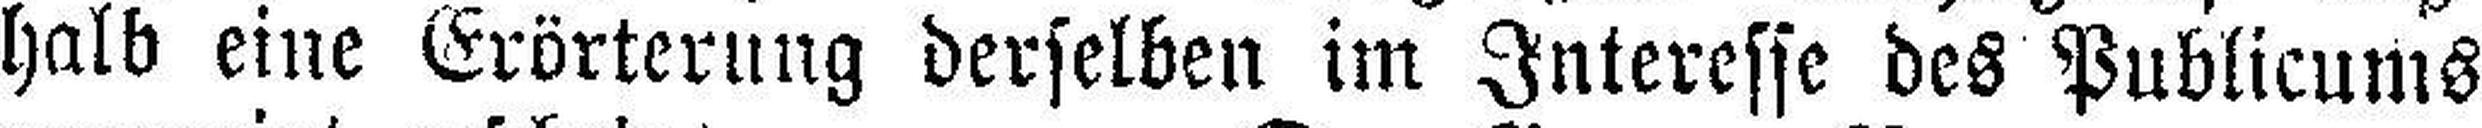
halb eine Erörterung derselben im Interesse des Publicums